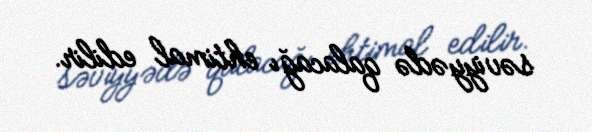
səviyyədə qalacağı ehtimal edilir.